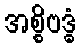
အစ္စိဗဒ္ဓံ